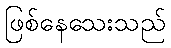
ဖြစ်နေသေးသည်